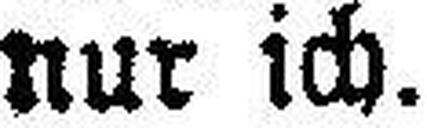
nur ich.